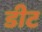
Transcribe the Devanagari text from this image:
डीट